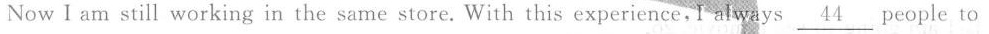
Now I am still working in the same store. With this experience,I always \underline{44}people to